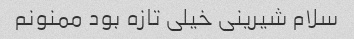
سلام شیرینی خیلی تازه بود ممنونم